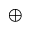
\oplus